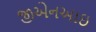
જીએનઆઇ